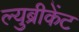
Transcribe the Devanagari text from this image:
ल्युब्रीकेंट